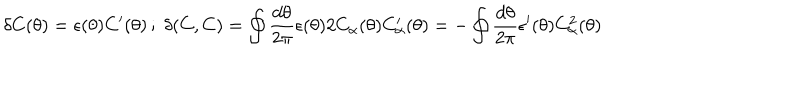
\delta C ( \theta ) = \epsilon ( \theta ) C ^ { \prime } ( \theta ) \, ; \; \delta ( C , C ) = \oint \frac { d \theta } { 2 \pi } \epsilon ( \theta ) 2 C _ { \alpha } ( \theta ) C _ { \alpha } ^ { \prime } ( \theta ) = - \oint \frac { d \theta } { 2 \pi } \epsilon ^ { \prime } ( \theta ) C _ { \alpha } ^ { 2 } ( \theta )